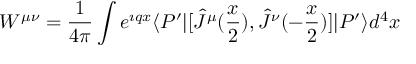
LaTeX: W ^ { \mu \nu } = \frac { 1 } { 4 \pi } \int e ^ { \imath q x } \langle P ^ { \prime } | [ { \hat { J } } ^ { \mu } ( \frac { x } { 2 } ) , { \hat { J } } ^ { \nu } ( - \frac { x } { 2 } ) ] | P ^ { \prime } \rangle d ^ { 4 } x